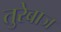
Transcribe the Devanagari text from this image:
तुरेबाज